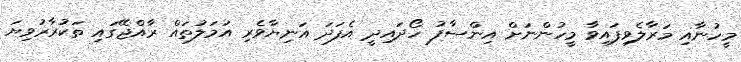
މީހުނާއި މަރާލެވިފައިވާ މީހުންނަށް އިންސާފު ހޯދައިދީ އެފަދަ އަނިޔާވެރި އަމަލުތައް ރާއްޖޭގައި ތަކުރާރުވިޔަ